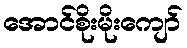
အောင်စိုးမိုးကျော်